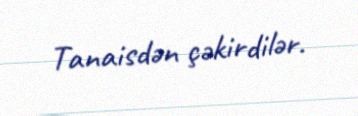
Tanaisdən çəkirdilər.